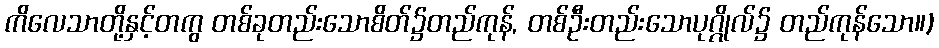
ကိလေသာတို့နှင့်တကွ တစ်ခုတည်းသောစိတ်၌တည်ကုန်, တစ်ဦးတည်းသောပုဂ္ဂိုလ်၌ တည်ကုန်သော။)